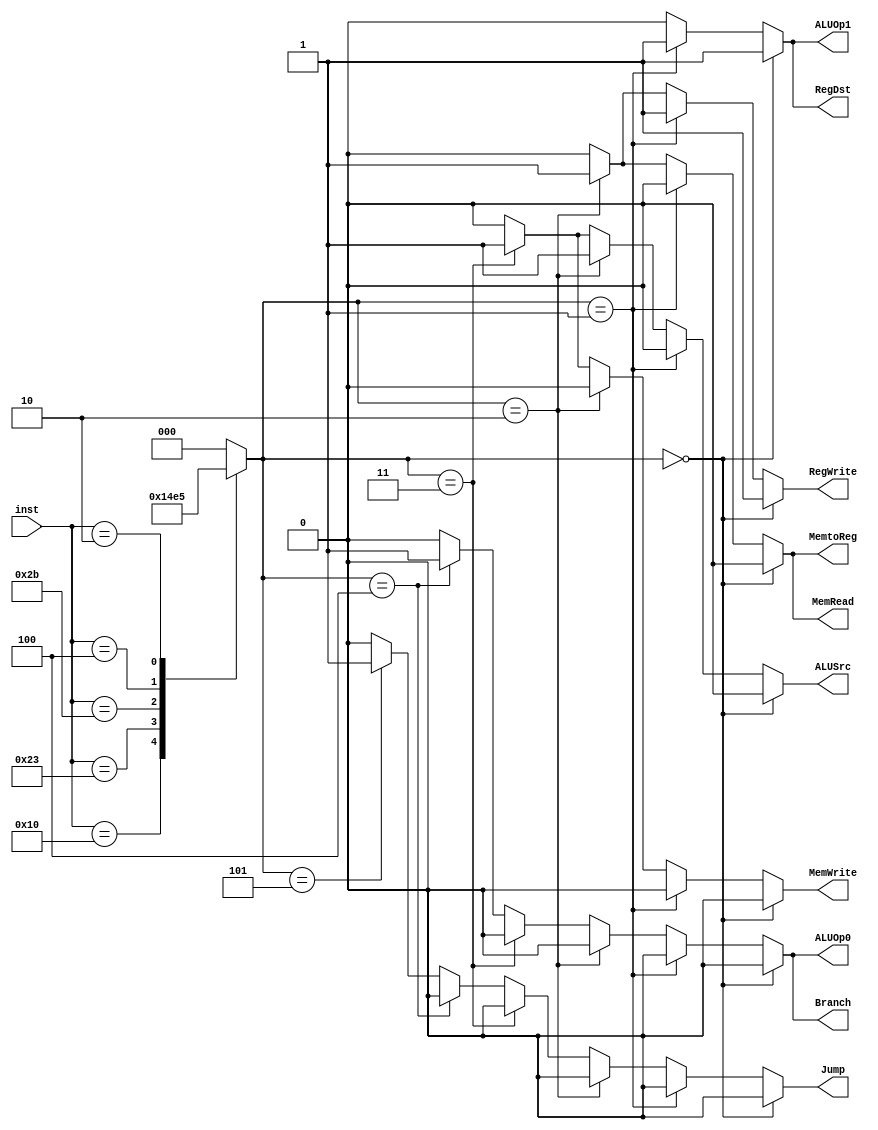
`timescale 1ns / 1ps
//////////////////////////////////////////////////////////////////////////////////
// Company: 
// Engineer: 
// 
// Design Name: 
// Module Name:    Control 
// Project Name: 
// Target Devices: 
// Tool versions: 
// Description: 
//
// Dependencies: 
//
// Revision: 
// Revision 0.01 - File Created
// Additional Comments: 
//
//////////////////////////////////////////////////////////////////////////////////
module Control(
    input [31:26] inst,
    output reg RegDst,
	 output reg Jump,
    output reg ALUSrc,
    output reg MemtoReg,
    output reg RegWrite,
    output reg MemRead,
    output reg MemWrite,
    output reg Branch,
    output reg ALUOp1,
    output reg ALUOp0
    );
	 
	 ;
	 
	 reg [2:0] state;

	always@(inst)
		case (inst)
			6'b000000 : state = 3'b000; 	//tipo R
			6'b010000 : state = 3'b001; 	//addi
			6'b100011 : state = 3'b010;	//lw
			6'b101011 : state = 3'b011;	//sw
			6'b000100 : state = 3'b100;	//beq
			6'b000010 : state = 3'b101;	//j
			default : state = 3'b000;
		endcase
			
	//outputs
	always@(state) 
		begin
			if(state == 0) //tipo R
				begin
					RegDst = 1;
					Jump = 0;
					ALUSrc = 0;
					MemtoReg = 0;
					RegWrite = 1;
					MemRead = 0;
					MemWrite = 0;
					Branch = 0;	
					ALUOp1 = 1;
					ALUOp0 = 0;
				end
			else if(state == 1) //addi(corregir estos valores)
				begin 
					RegDst = 1;
					Jump = 0;
					ALUSrc = 0;
					MemtoReg = 0;
					RegWrite = 1;
					MemRead = 0;
					MemWrite = 0;
					Branch = 0;	
					ALUOp1 = 1;
					ALUOp0 = 0;
				end
			else if(state == 2) //lw
				begin
					RegDst = 0;
					Jump = 0;
					ALUSrc = 1;
					MemtoReg = 1;
					RegWrite = 1;
					MemRead = 1;
					MemWrite = 0;
					Branch = 0;	
					ALUOp1 = 0;
					ALUOp0 = 0;
				end
			else if(state == 3) //sw
				begin
					RegDst = 0;
					Jump = 0;
					ALUSrc = 1;
					MemtoReg = 0;
					RegWrite = 0;
					MemRead = 0;
					MemWrite = 1;
					Branch = 0;	
					ALUOp1 = 0;
					ALUOp0 = 0;
				end
			else if(state == 4) //beq
				begin
					RegDst = 0;
					Jump = 0;
					ALUSrc = 0;
					MemtoReg = 0;
					RegWrite = 0;
					MemRead = 0;
					MemWrite = 0;
					Branch = 1;	
					ALUOp1 = 0;
					ALUOp0 = 1;
				end
			else if(state == 5) //j
				begin
					RegDst = 0;
					Jump = 1;
					ALUSrc = 0;
					MemtoReg = 0;
					RegWrite = 0;
					MemRead = 0;
					MemWrite = 0;
					Branch = 0;	
					ALUOp1 = 0;
					ALUOp0 = 0;
				end
			else
				begin
					RegDst = 0;
					Jump = 0;
					ALUSrc = 0;
					MemtoReg = 0;
					RegWrite = 0;
					MemRead = 0;
					MemWrite = 0;
					Branch = 0;	
					ALUOp1 = 0;
					ALUOp0 = 0;
				end
		end
endmodule